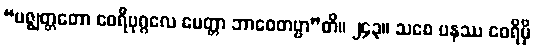
“မဇ္ဈတ္တတော ဝေရီပုဂ္ဂလေ မေတ္တာ ဘာဝေတဗ္ဗာ”တိ။ ၂၄၃။ သစေ ပနဿ ဝေရိမှိ